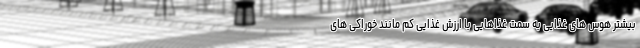
بیشتر هوس های غذایی به سمت غذاهایی با ارزش غذایی کم مانند خوراکی های